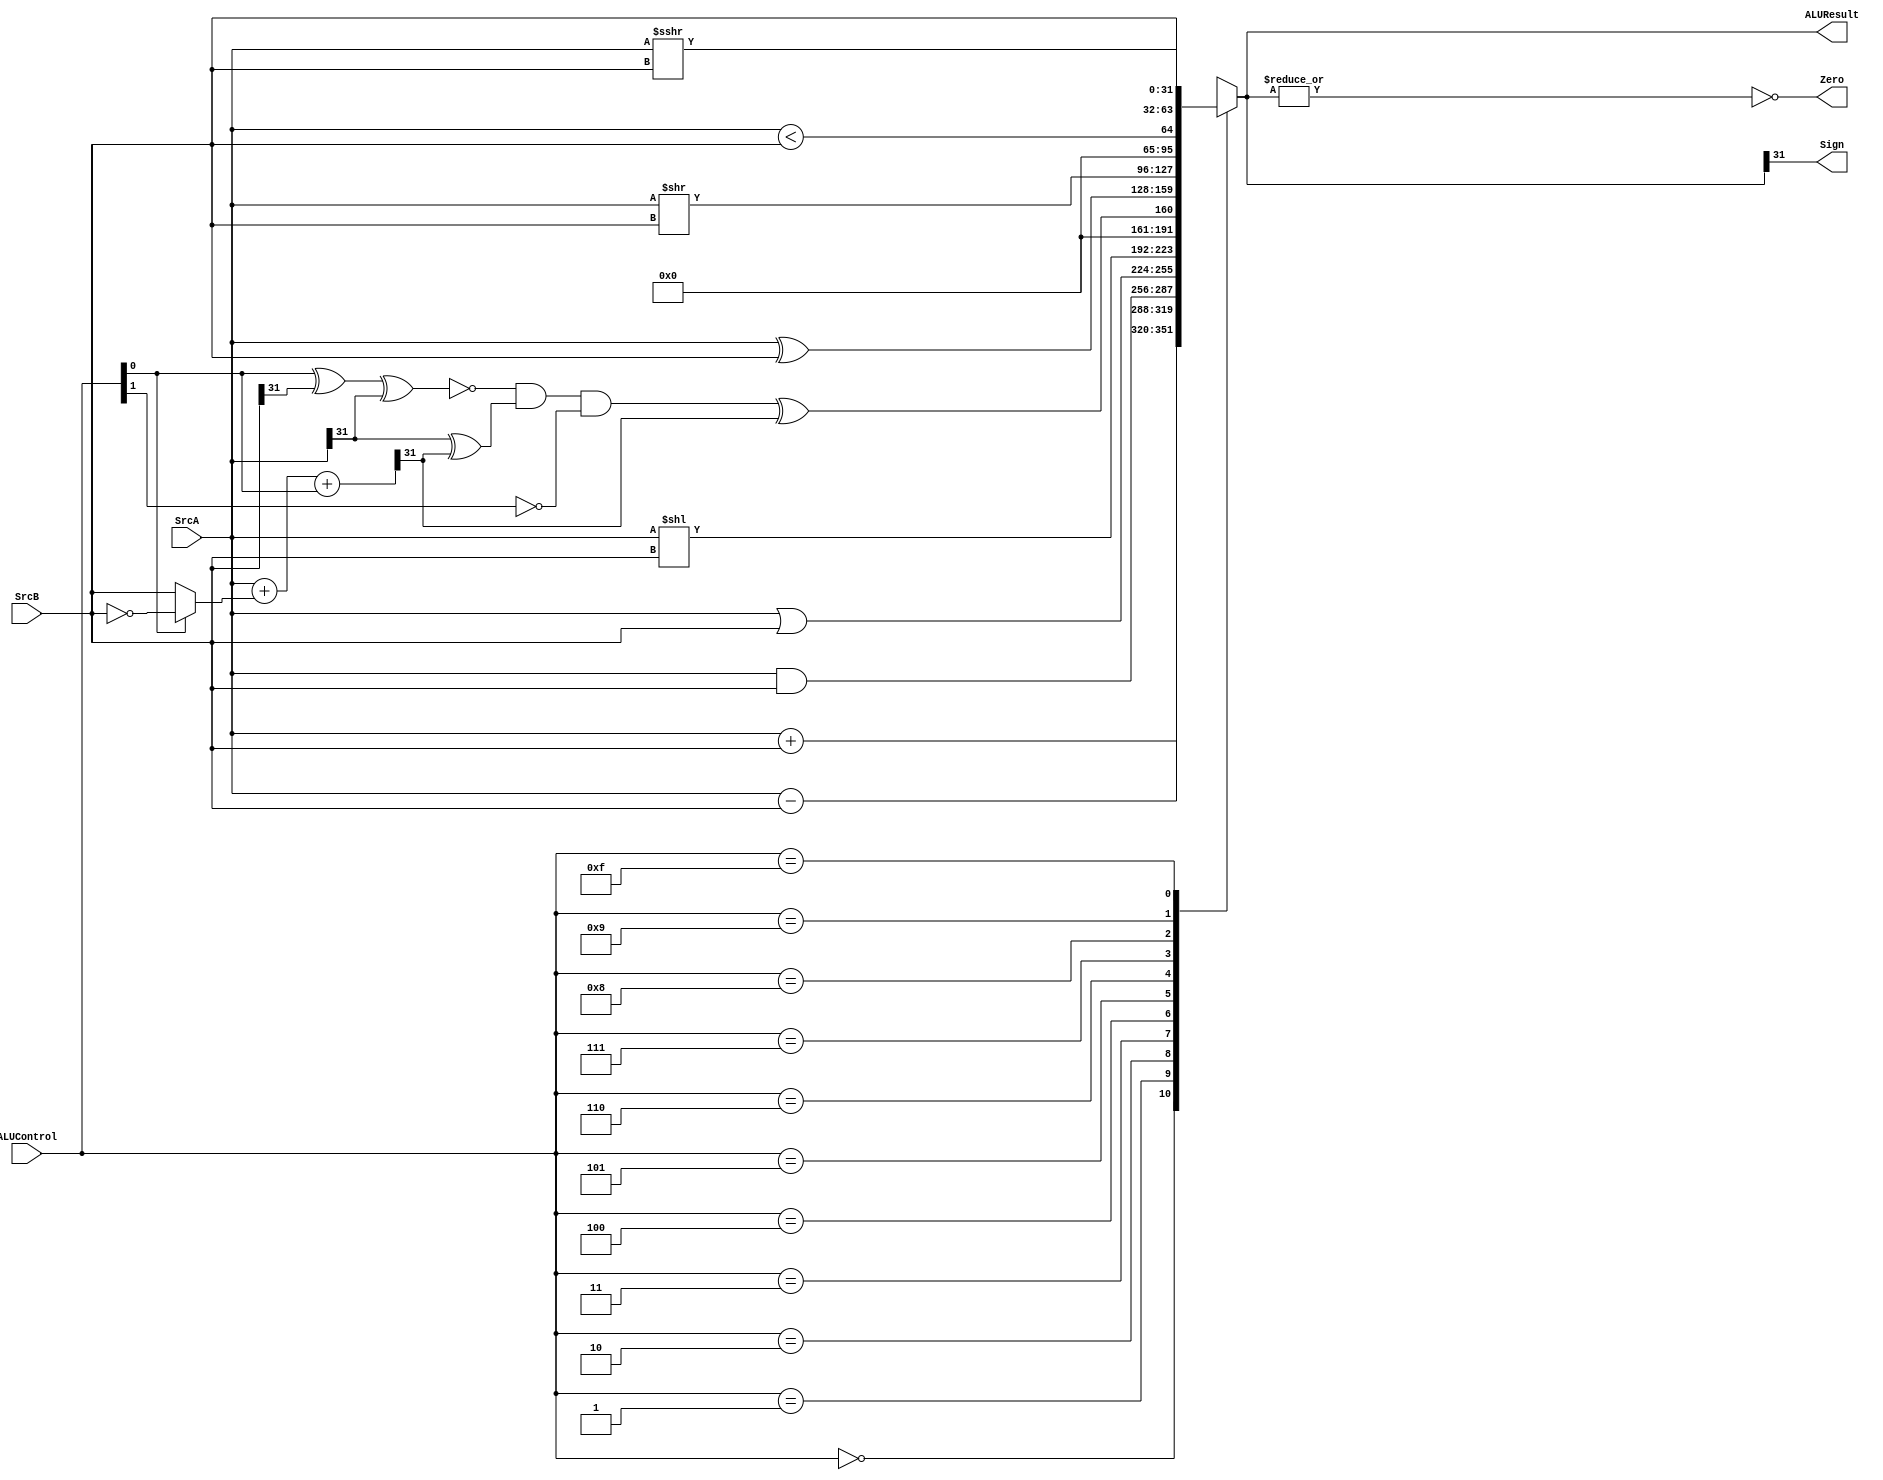
/*
	Name: ALU Unit
	Description: Receives control signals from the ALU Decoder and performs the operations
*/

module ALU2(SrcA, SrcB, ALUControl, ALUResult, Zero, Sign);
input [31:0] SrcA; 
input [31:0] SrcB;
input [3:0] ALUControl; 
output reg [31:0] ALUResult; 
output Zero, Sign;

wire [31:0] Sum;
wire Overflow;

assign Sum = SrcA + (ALUControl[0] ? ~SrcB : SrcB) + ALUControl[0];  // sub using 1's complement
assign Overflow = ~(ALUControl[0] ^ SrcB[31] ^ SrcA[31]) & (SrcA[31] ^ Sum[31]) & (~ALUControl[1]);

assign Zero = ~(|ALUResult);
assign Sign = ALUResult[31];


always@(*)
		case (ALUControl)
				4'b0000: ALUResult = SrcA + SrcB;				// sum 
				4'b0001: ALUResult = SrcA - SrcB;				// sub
				4'b0010: ALUResult = SrcA & SrcB;	// and
				4'b0011: ALUResult = SrcA | SrcB;	// or
				4'b0100: ALUResult = SrcA << SrcB;	// sll, slli
				4'b0101: ALUResult = {{30{1'b0}}, Overflow ^ Sum[31]}; //slt, slti
				4'b0110: ALUResult = SrcA ^ SrcB;   // Xor
				4'b0111: ALUResult = SrcA >> SrcB;  // shift logic
				4'b1000: ALUResult = ($unsigned(SrcA) < $unsigned(SrcB)); //sltu, stlui
				4'b1001: ALUResult = SrcB << 0; //lui
				4'b1111: ALUResult = SrcA >>> SrcB; //shift arithmetic
				default: ALUResult = 32'bx;
		endcase


endmodule